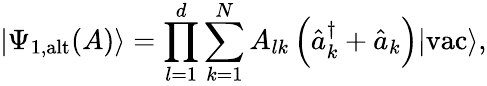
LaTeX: \left|\Psi_{\textrm{1,alt}}(A)\right\rangle=\prod_{l=1}^{d}\sum_{k=1}^{N}A_{lk}\left(\hat{a}_{k}^{\dagger}+\hat{a}_{k}\right)|\textrm{vac}\rangle,